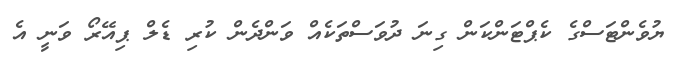
ޔުވެންޓަސްގެ ކެޕްޓަންކަން ގިނަ ދުވަސްތަކެއް ވަންދެން ކުރި ޑެލް ޕިއޭރޯ ވަނީ އެ